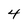
Character: 4